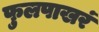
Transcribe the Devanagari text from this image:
फुलपाखरं